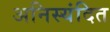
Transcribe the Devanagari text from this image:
अनिस्यंदित